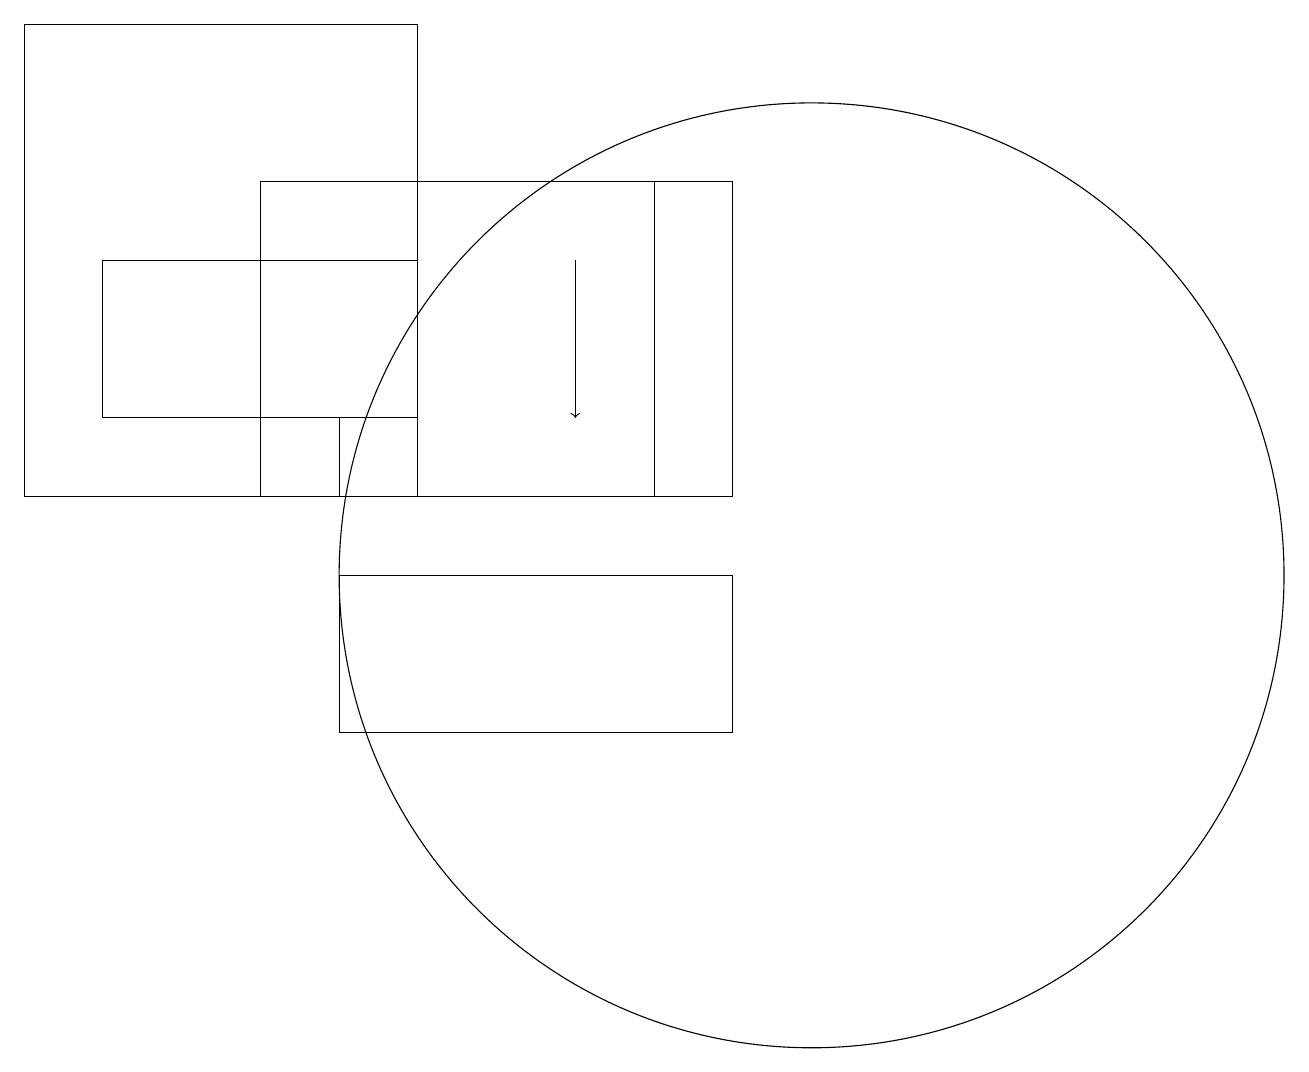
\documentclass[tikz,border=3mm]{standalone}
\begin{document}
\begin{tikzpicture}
\draw (3,13) rectangle (4,14);
\draw (10,12) circle (6);
\draw (8,13) rectangle (3,17);
\draw (4,10) rectangle (9,12);
\draw (5,14) rectangle (1,16);
\draw[->] (7,16) -- (7,14);
\draw (0,19) rectangle (5,13);
\draw (9,17) rectangle (8,13);
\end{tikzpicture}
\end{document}